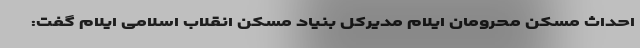
احداث مسکن محرومان ایلام مدیرکل بنیاد مسکن انقلاب اسلامی ایلام گفت: